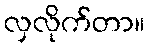
လှလိုက်တာ။